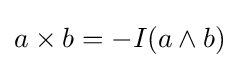
a\times b=-I(a\wedge b)